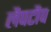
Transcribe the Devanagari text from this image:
लैपटौप